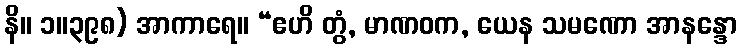
နိ။ ၁။၃၉၈) အာကာရေ။ “ဧဟိ တွံ, မာဏဝက, ယေန သမဏော အာနန္ဒော